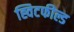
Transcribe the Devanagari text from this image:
ह्विटफील्ड